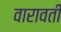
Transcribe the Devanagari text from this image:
वारावती